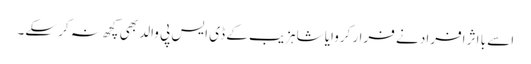
اسے با اثر افراد نے فرار کروایا شاہزیب کے ڈی ایس پی والد بھی کچھ نہ کر سکے۔